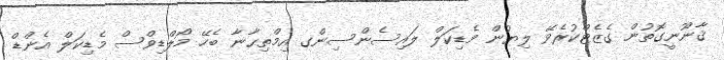
ޤާނޫނީގޮތުން ގެޒެޓްކުރެވޭ ލިޔުން މެޑިކަލް ލައިސެންސިންގ އިމްތިޙާނާ ބެހޭ މޯލްޑިވްސް މެޑިކަލް އެންޑް